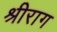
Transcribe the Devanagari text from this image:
श्रीराग